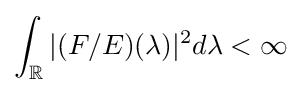
\int _{\mathbb {R} }|(F/E)(\lambda )|^{2}d\lambda <\infty